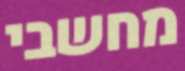
מחשבי